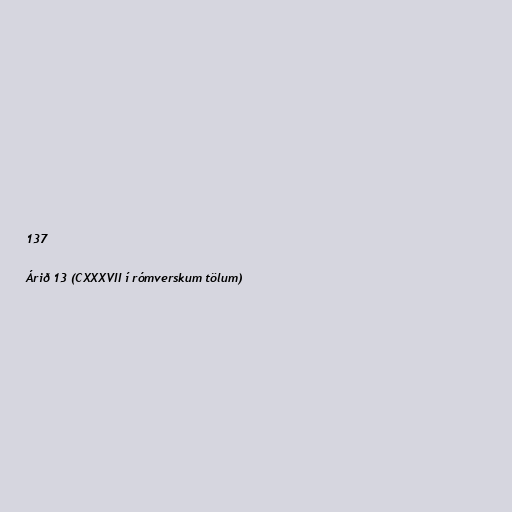
137

Árið 13 (CXXXVII í rómverskum tölum)